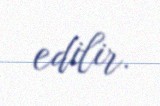
edilir.